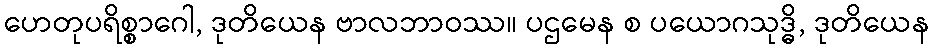
ဟေတုပရိစ္စာဂေါ, ဒုတိယေန ဗာလဘာဝဿ။ ပဌမေန စ ပယောဂသုဒ္ဓိ, ဒုတိယေန